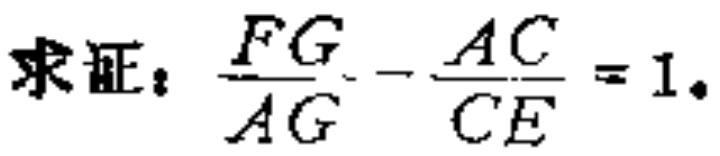
求证：\(\frac{FG}{AG}-\frac{AC}{CE}=1\)。